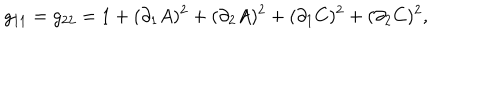
LaTeX: g _ { 1 1 } = g _ { 2 2 } = 1 + ( \partial _ { 1 } A ) ^ { 2 } + ( \partial _ { 2 } A ) ^ { 2 } + ( \partial _ { 1 } C ) ^ { 2 } + ( \partial _ { 2 } C ) ^ { 2 } ,